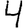
Digit: 4